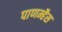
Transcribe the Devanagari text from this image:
पाणम्हैस